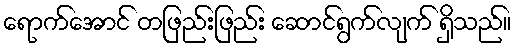
ရောက်အောင် တဖြည်းဖြည်း ဆောင်ရွက်လျက် ရှိသည်။